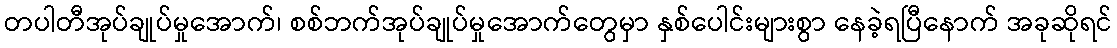
တပါတီအုပ်ချုပ်မှုအောက်၊ စစ်ဘက်အုပ်ချုပ်မှုအောက်တွေမှာ နှစ်ပေါင်းများစွာ နေခဲ့ရပြီနောက် အခုဆိုရင်